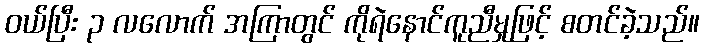
ဝယ်ပြီး ၃ လလောက် အကြာတွင် ကိုရဲနောင်ကူညီမှုဖြင့် စတင်ခဲ့သည်။